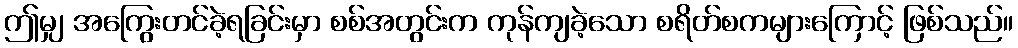
ဤမျှ အကြွေးတင်ခဲ့ရခြင်းမှာ စစ်အတွင်းက ကုန်ကျခဲ့သော စရိတ်စကများကြောင့် ဖြစ်သည်။